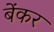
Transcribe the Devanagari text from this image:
बेंकर